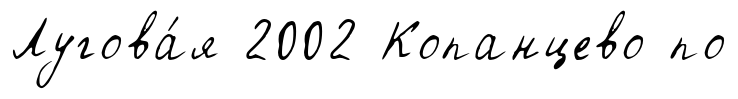
Лугова́я 2002 Копанцево по